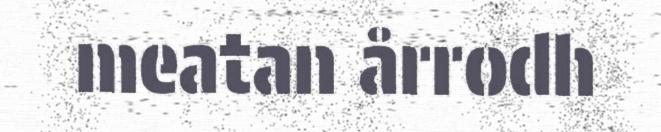
meatan årrodh